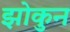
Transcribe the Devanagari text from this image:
झोकुन